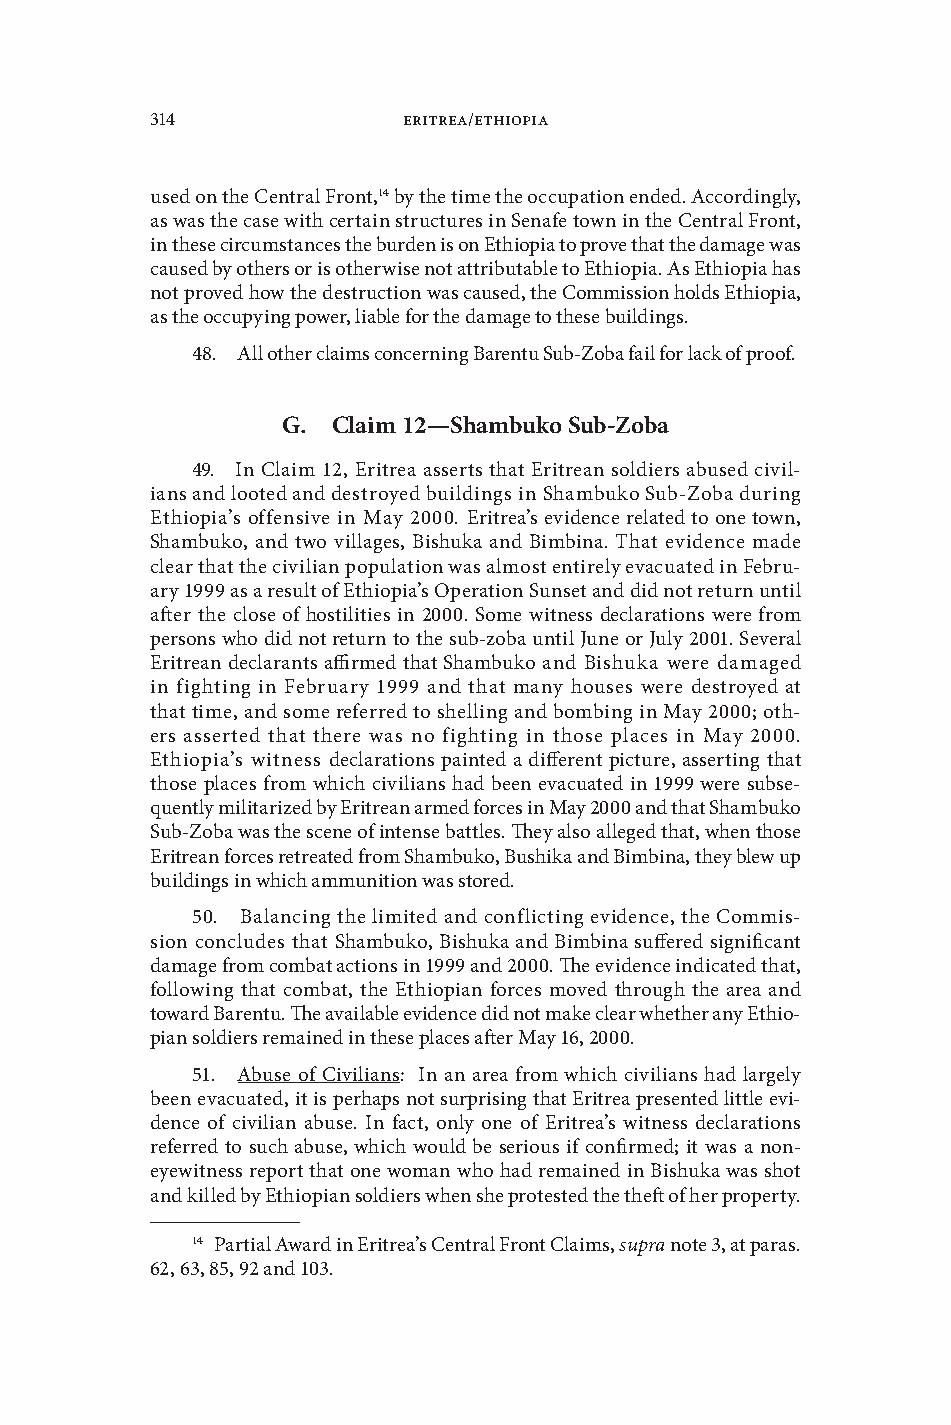
314              Eritrea/Ethiopia
 used on the Central Front,14 by the time the occupation ended . Accordingly,
 as was the case with certain structures in Senafe town in the Central Front,
 in these circumstances the burden is on Ethiopia to proe that the damage was
 caused by others or is otherwise not attributable to Ethiopia . As Ethiopia has
 not proed how the destruction was caused, the Commission holds Ethiopia,
 as the occupying power, liable for the damage to these buildings .
 48 . All other claims concerning Barentu Sub-Zoba fail for lack of proof .
 G. Claim 12—shambuko sub-Zoba
 49 . In Claim 12, Eritrea asserts that Eritrean soldiers abused ciil-
 ians and looted and destroyed buildings in Shambuko Sub-Zoba during
 Ethiopia’s offensie in May 2000 . Eritrea’s eidence related to one town,
 Shambuko, and two illages, Bishuka and Bimbina . That eidence made
 clear that the ciilian population was almost entirely eacuated in Febru-
 ary 1999 as a result of Ethiopia’s Operation Sunset and did not return until
 after the close of hostilities in 2000 . Some witness declarations were from
 persons who did not return to the sub-zoba until June or July 2001 . Seeral
 Eritrean declarants affirmed that Shambuko and Bishuka were damaged
 in fighting in February 1999 and that many houses were destroyed at
 that time, and some referred to shelling and bombing in May 2000; oth-
 ers asserted that there was no fighting in those places in May 2000 .
 Ethiopia’s witness declarations painted a different picture, asserting that
 those places from which ciilians had been eacuated in 1999 were subse-
 quently militarized by Eritrean armed forces in May 2000 and that Shambuko
 Sub-Zoba was the scene of intense battles . They also alleged that, when those
 Eritrean forces retreated from Shambuko, Bushika and Bimbina, they blew up
 buildings in which ammunition was stored .
 50 . Balancing the limited and conflicting eidence, the Commis-
 sion concludes that Shambuko, Bishuka and Bimbina suffered significant
 damage from combat actions in 1999 and 2000 . The eidence indicated that,
 following that combat, the Ethiopian forces moed through the area and
 toward Barentu . The aailable eidence did not make clear whether any Ethio-
 pian soldiers remained in these places after May 16, 2000 .
 51 . Abuse of Ciilians: In an area from which ciilians had largely
 been eacuated, it is perhaps not surprising that Eritrea presented little ei-
 dence of ciilian abuse . In fact, only one of Eritrea’s witness declarations
 referred to such abuse, which would be serious if confirmed; it was a non-
 eyewitness report that one woman who had remained in Bishuka was shot
 and killed by Ethiopian soldiers when she protested the theft of her property .
 14 Partial Award in Eritrea’s Central Front Claims, supra note 3, at paras .
 62, 63, 85, 92 and 103 .